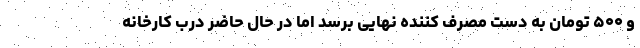
و ۵۰۰ تومان به دست مصرف کننده نهایی برسد اما در حال حاضر درب کارخانه